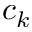
c _ { k }